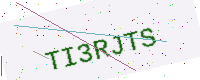
Text: TI3RJTS